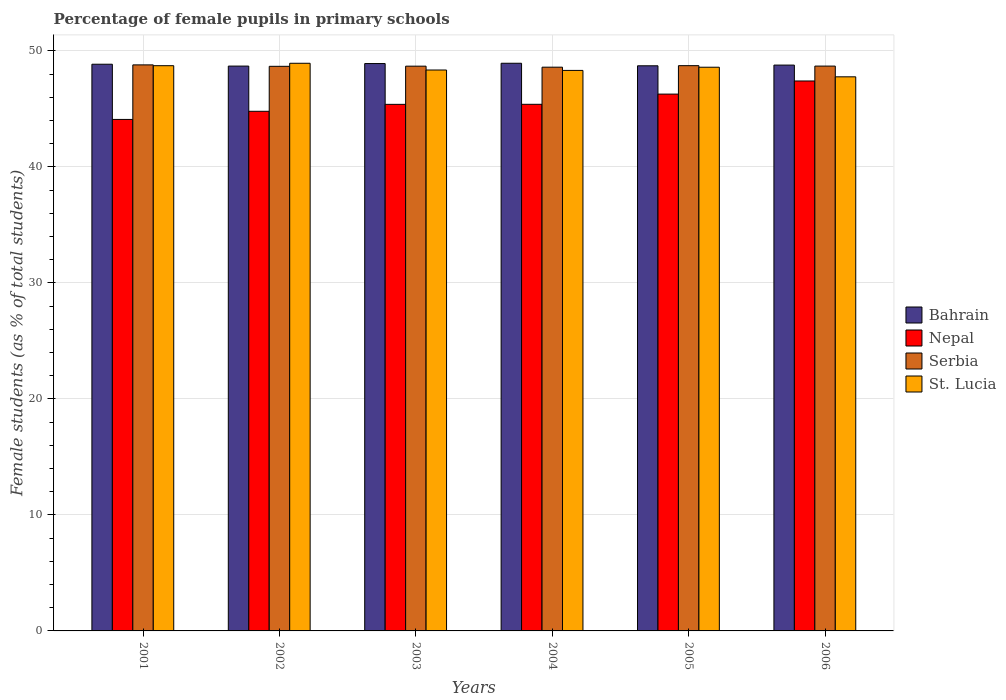
| Years | Bahrain | Nepal | Serbia | St. Lucia |
 | --- | --- | --- | --- | --- |
 | 2001 | 48.9 | 44.1 | 48.8 | 48.7 |
 | 2002 | 48.7 | 44.8 | 48.7 | 48.9 |
 | 2003 | 48.9 | 45.4 | 48.7 | 48.4 |
 | 2004 | 48.9 | 45.4 | 48.6 | 48.3 |
 | 2005 | 48.7 | 46.3 | 48.7 | 48.6 |
 | 2006 | 48.8 | 47.4 | 48.7 | 47.8 |